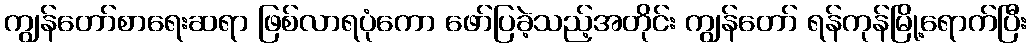
ကျွန်တော်စာရေးဆရာ ဖြစ်လာရပုံကော ဖော်ပြခဲ့သည့်အတိုင်း ကျွန်တော် ရန်ကုန်မြို့ရောက်ပြီး